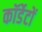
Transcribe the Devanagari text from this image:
कॉर्डेटों